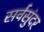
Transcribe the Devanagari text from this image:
सर्वसुंदर